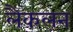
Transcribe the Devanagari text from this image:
लैकलन